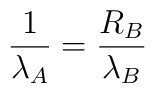
{1 \over \lambda_{A}} = {R_{B}\over \lambda_{B}}